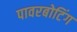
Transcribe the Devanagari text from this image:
पावरबोटिंग